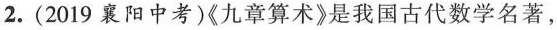
2.（2019襄阳中考）《九章算术》是我国古代数学名著，